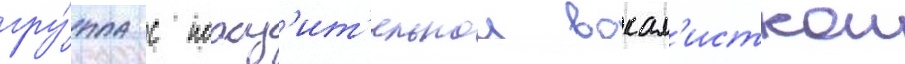
гру́ппа с пораз'ит'ельнои вокал'исткои